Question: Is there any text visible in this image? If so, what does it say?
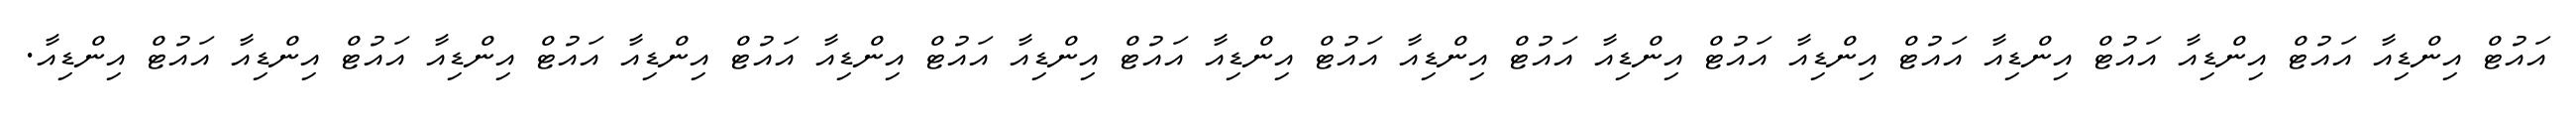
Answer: އައުޓް އިންޑިއާ އައުޓް އިންޑިއާ އައުޓް އިންޑިއާ އައުޓް އިންޑިއާ އައުޓް އިންޑިއާ އައުޓް އިންޑިއާ އައުޓް އިންޑިއާ އައުޓް އިންޑިއާ އައުޓް އިންޑިއާ އައުޓް އިންޑިއާ އައުޓް އިންޑިއާ އައުޓް އިންޑިއާ އައުޓް އިންޑިއާ.